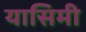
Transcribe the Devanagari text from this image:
यासिमी